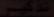
+2